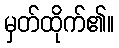
မှတ်ထိုက်၏။